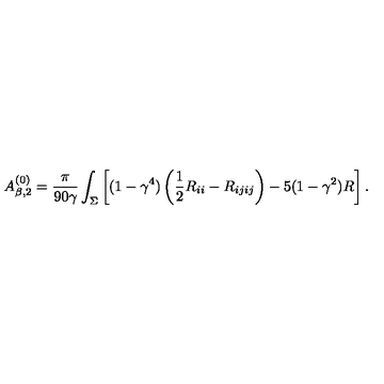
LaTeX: A _ { \beta , 2 } ^ { ( 0 ) } = { \frac { \pi } { 9 0 \gamma } } \int _ { \Sigma } \left[ ( 1 - \gamma ^ { 4 } ) \left( \frac 1 2 R _ { i i } - R _ { i j i j } \right) - 5 ( 1 - \gamma ^ { 2 } ) R \right] .